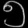
Digit: ၅